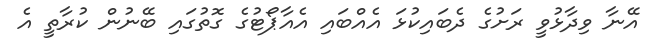
އޭނާ ވިދާޅުވީ ރަށުގެ ދެބައިކުޅަ އެއްބައި އެއާޕޯޓުގެ ގޮތުގައި ބޭނުން ކުރާތީ އެ